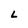
Character: L